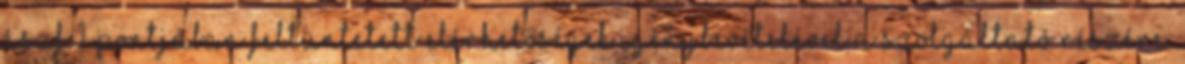
ÁSZF 1. pontjában feltüntetett elérhetőségek igénybevételével a Szolgáltató részére.